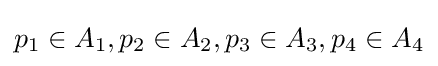
p_{1}\in A_{1},p_{2}\in A_{2},p_{3}\in A_{3},p_{4}\in A_{4}